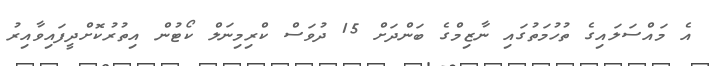
އެ މައްސަލައިގެ ތުހުމަތުގައި ނާޒިމްގެ ބަންދަށް 15 ދުވަސް ކްރިމިނަލް ކޯޓުން އިތުރުކޮށްދީފައިވާއިރު